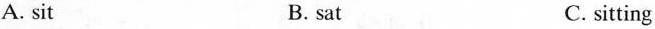
A. sit B. sat C. sitting